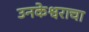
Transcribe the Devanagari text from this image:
उनकेश्वराचा